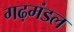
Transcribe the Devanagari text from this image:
गढ़मंडल